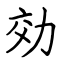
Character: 効